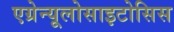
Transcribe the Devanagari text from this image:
एग्रेन्यूलोसाइटोसिस